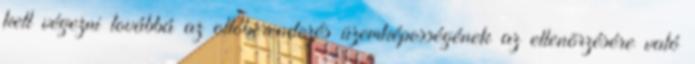
kell végezni továbbá az oltóberendezés üzemképességének az ellenõrzésére való